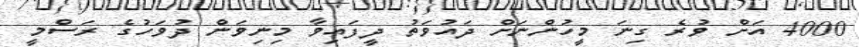
4000 އަށް ވުރެ ގިނަ މީހުންނަށް ދައުވަތު ދީފައިވާ މިނިވަން ދުވަހުގެ ރަސްމީ